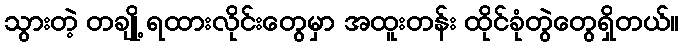
သွားတဲ့ တချို့ ရထားလိုင်းတွေမှာ အထူးတန်း ထိုင်ခုံတွဲတွေရှိတယ်။